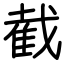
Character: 截